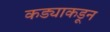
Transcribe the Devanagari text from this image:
कड्याकडून